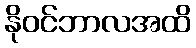
နိုဝင်ဘာလအထိ